Report on the working of the Ranchi Indian Mental Hospital, Kanke, in Bihar and Orissa - 1930-1940
Year: 1930
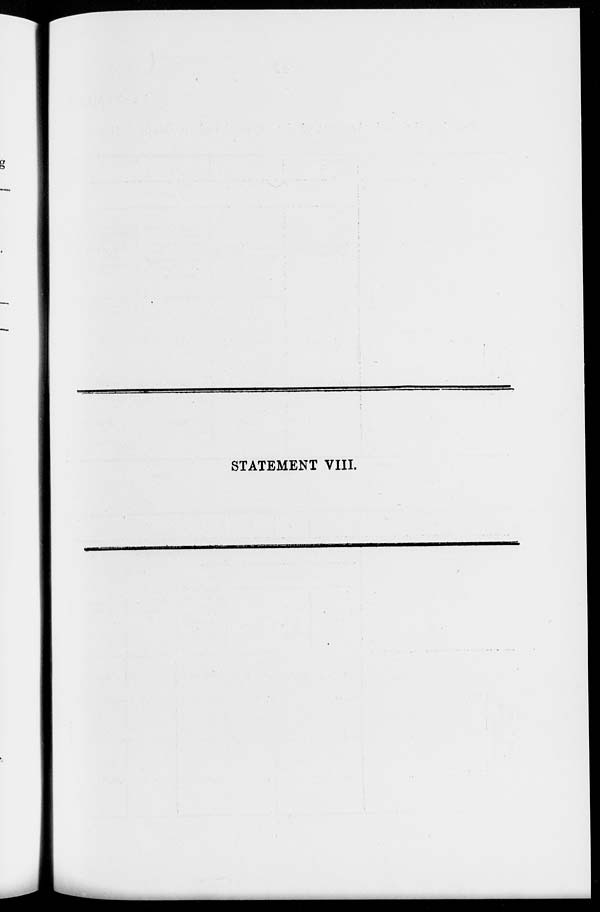
STATEMENT VIII.